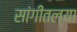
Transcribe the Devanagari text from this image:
सांगीतल्या